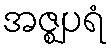
အဇ္ဈပရံ